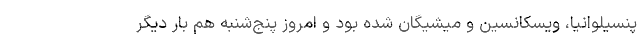
پنسیلوانیا، ویسکانسین و میشیگان شده بود و امروز پنج‌شنبه هم بار دیگر